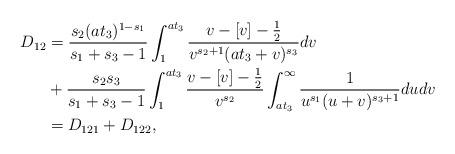
LaTeX: \begin{align*}D_{12} &= \frac{s_2 (at_3)^{1-s_1}}{s_1+s_3-1} \int_1^{at_3} \frac{v-[v]-\frac{1}{2}}{v^{s_2+1}(at_3+v)^{s_3}} dv \\&+ \frac{s_2 s_3}{s_1+s_3-1} \int_1^{at_3} \frac{v-[v]-\frac{1}{2}}{v^{s_2}} \int_{at_3}^\infty \frac{1}{u^{s_1} (u+v)^{s_3+1}} dudv \\&=D_{121}+D_{122},\end{align*}